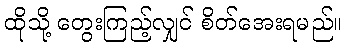
ထိုသို့ တွေးကြည့်လျှင် စိတ်အေးရမည်။